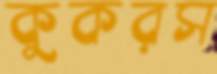
কুকরস